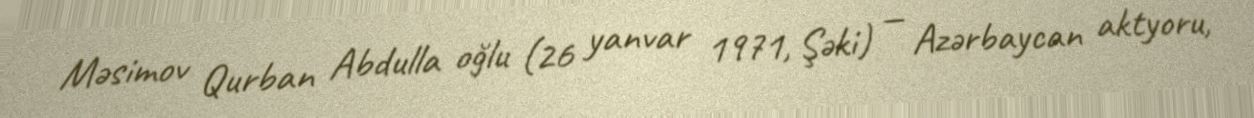
Məsimov Qurban Abdulla oğlu (26 yanvar 1971, Şəki) — Azərbaycan aktyoru,